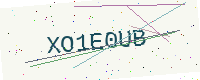
Text: XO1E0UB